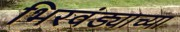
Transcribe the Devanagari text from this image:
भिरवंड्याच्या